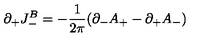
\partial _ { + } J _ { - } ^ { B } = - { \frac { 1 } { 2 \pi } } ( \partial _ { - } A _ { + } - \partial _ { + } A _ { - } )